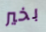
بخير